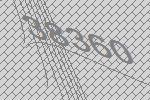
38360